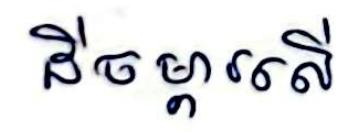
ដីចម្ការលើ